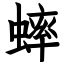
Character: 蟀